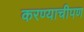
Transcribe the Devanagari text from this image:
करण्याचीपण